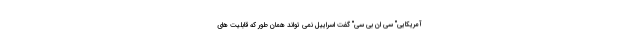
آمریکایی" سی ان بی سی" گفت اسراییل نمی تواند همان طور که قابلیت های